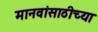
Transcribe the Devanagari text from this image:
मानवांसाठीच्या